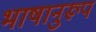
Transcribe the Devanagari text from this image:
भाषानुरूप